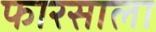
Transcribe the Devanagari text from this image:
फारसाला